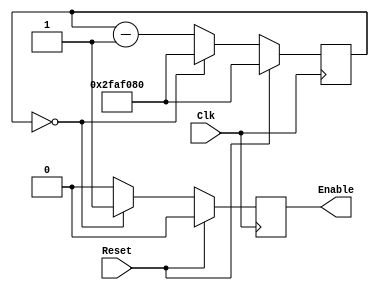
module rate_divider (
    input Clk,
    input Reset,
    output reg Enable
);
	
  reg [26:0] counter;
  
  initial begin
		counter <= 27'b010111110101111000010000000;
  end
  
  always @(posedge Clk) begin
    if (Reset) begin
		counter <= 27'b010111110101111000010000000;
		Enable <= 1'b0;
    end

    else begin
		if (counter == 27'b0) begin 
			counter <= 27'b010111110101111000010000000;
			Enable <= 1'b1;
		end 
		else begin
			counter <= counter - 1;
			Enable <= 1'b0;
		end
	end
  end

endmodule

// for game input and changing screen
// memory